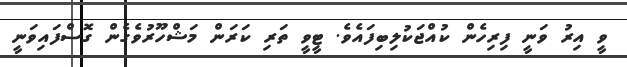
ވީ އިރު ވަނީ ފިރިހެން ކުއްޖަކުލިބިފައެވެ. ޓީވީ ތަރި ކަރަން މަޝްހޫރުވެގެން ގޮސްފައިވަނީ